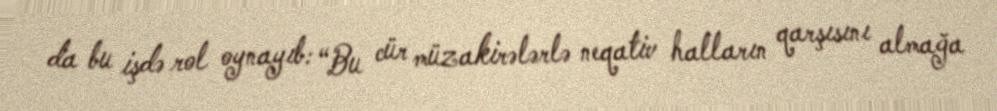
da bu işdə rol oynayıb: “Bu cür müzakirələrlə neqativ halların qarşısını almağa